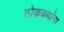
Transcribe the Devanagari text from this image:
ठोकळ्यांना